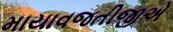
માયાવજતીજીએ